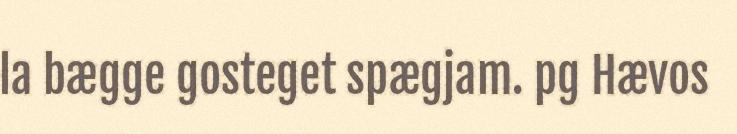
la bægge gosteget spægjam. pg Hævos